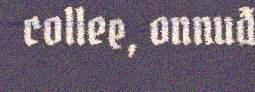
collee, onnuđ